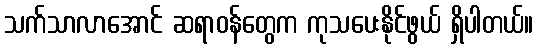
သက်သာလာအောင် ဆရာဝန်တွေက ကုသပေးနိုင်ဖွယ် ရှိပါတယ်။